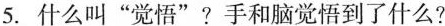
5.什么叫”觉悟”?手和脑觉悟到了什么?